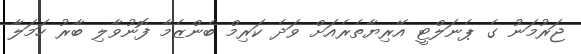
ޖަރުމަނު ގެ ޕެނަލްޓީ އޭރިޔާތެރެއަށް ވަދެ ކަރިމް ބެންޒެމާ ފޮނުވާލި ބާރު ހަމަލާ